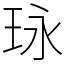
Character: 𤤯